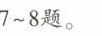
7~8题。